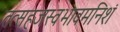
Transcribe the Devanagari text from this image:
तत्सहजस्वभावमनिशं